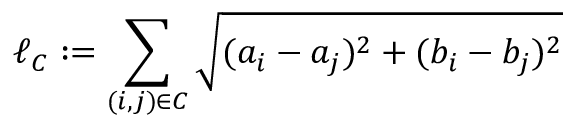
\ell _ { C } : = \sum _ { ( i , j ) \in C } \sqrt { ( a _ { i } - a _ { j } ) ^ { 2 } + ( b _ { i } - b _ { j } ) ^ { 2 } }